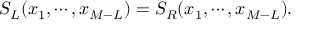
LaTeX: S _ { L } ( x _ { 1 } , \cdots , x _ { M - L } ) = S _ { R } ( x _ { 1 } , \cdots , x _ { M - L } ) .